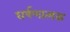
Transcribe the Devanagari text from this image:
घर्षणात्मक